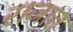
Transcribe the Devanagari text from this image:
राजात